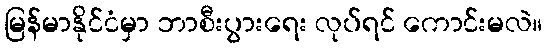
မြန်မာနိုင်ငံမှာ ဘာစီးပွားရေး လုပ်ရင် ကောင်းမလဲ။